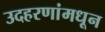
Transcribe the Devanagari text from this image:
उदहरणांमधून